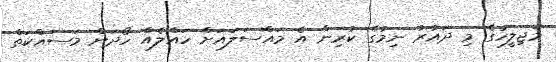
މަޖިލީހުގެ މި ދައުރު ނިމުގެ ކުރިން އެ މައްސަލައަށް ހައްލެއް ހޯދަން މަސައްކަތް